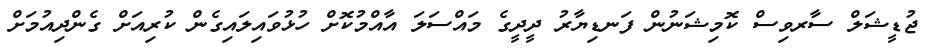
ޖުޑީޝަލް ސާރވިސް ކޮމިޝަނުން ފަނޑިޔާރު ދީދީގެ މައްސަލަ އާއްމުކޮށް ހުޅުވައިލައިގެން ކުރިއަށް ގެންދިއުމަށް